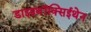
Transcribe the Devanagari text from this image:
डाइइथॉक्सिईथेन